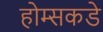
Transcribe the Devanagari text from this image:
होम्सकडे